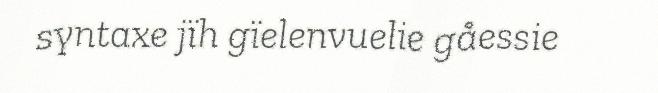
syntaxe jïh gïelenvuelie gåessie